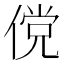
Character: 傥